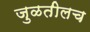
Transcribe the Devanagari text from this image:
जुळतीलच